Report of veterinary surgeon J.H. Steel, A.V.D., on his investigation into an obscure and fatal disease among transport mules in British Burma
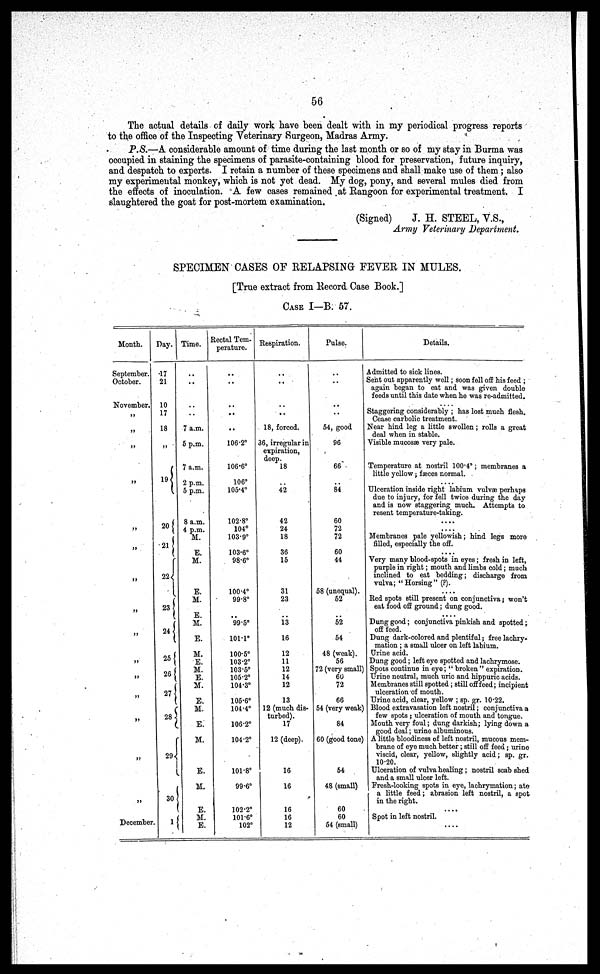
56
The actual details of daily work have been dealt with in my periodical progress reports
to the office of the Inspecting Veterinary Surgeon, Madras Army.
P.S.—A considerable amount of time during the last month or so of my stay in Burma was
occupied in staining the specimens of parasite-containing blood for preservation, future inquiry,
and despatch to experts. I retain a number of these specimens and shall make use of them ; also
my experimental monkey, which is not yet dead. My dog, pony, and several mules died from
the effects of inoculation. A few cases remained at Rangoon for experimental treatment. I
slaughtered the goat for post-mortem examination.
(Signed)
J. H. STEEL, V.S.,
Army Veterinary Department,
SPECIMEN CASES OE RELAPSING FEVER IN MULES.
[True extract from Record Case Book.]
CASE I-B: 57.
Month.
September.
October.
November.
„
„
„
„
„
„
„
„
„
„
„
„
„
„
„
„
December
Day.
17
21
10
17
18
„
19
20
21
22
23
24
25
26
27
28
29
30
Time.
..
..
..
..
7 a.m.
5 p.m.
7 a.m.
2 p.m.
5 p.m.
8 a.m.
4 p.m.
M.
E.
M.
E.
M.
E.
M.
E.
M.
E.
M.
E.
M.
E.
M.
E.
M.
E.
M.
E.
M.
E.
Rectal Tem-
perature.
..
..
..
..
..
106.2°
106.6°
106°
105.4°
102.8°
104°
103.9°
103.6°
98.6°
100.4°
99.8°
99.5°
101.1°
100.5°
103.2°
103.5°
105.2°
104.3°
105.6°
104.4°
106.2°
104.2°
101.8°
99.6°
102.2°
101.6°
102°
Respiration.
..
..
..
..
18, forced.
36, irregular in
expiration,
deep.
18
..
42
42
24
18
36
15
31
23
i3
16
12
11
12
14
12
13
12 (much dis-
turbed).
17
12 (deep).
16
16
16
16
12
Pulse.
..
..
..
..
54, good
96
66
..
84
60
72
72
60
44
58 (unequal).
52
52
54
48 (weak).
56
72 (very small)
60
72
66
54 (very weak)
84
60 (good tone)
54
48 (small)
60
60
54 (small)
Details.
Admitted to sick lines.
Sent out apparently well; soon fell off his feed ;
again began to eat and was given double
feeds until this date when he was re-admitted.
Staggering considerably ; has lost much flesh.
Cease carbolic treatment.
Near hind leg a little swollen; rolls a great
deal when in stable.
Visible mucosae very pale.
Temperature at nostril 100.4°; membranes a
little yellow; fæces normal.
Ulceration inside right labium vulvae perhaps
due to injury, for fell twice during the day
and is now staggering much. Attempts to
resent temperature-taking.
....
....
Membranes pale yellowish; hind legs more
filled, especially the off.
....
Very many blood-spots in eyes; fresh in left,
purple in right; mouth and limbs cold; much
inclined to eat bedding; discharge from
vulva; "Horsing" (?)
....
Red spots still present on conjunctiva; won't
eat food off ground; dung good.
Dung good; conjunctiva pinkish and spotted;
off feed.
Dung dark-colored and plentiful; free lachry-
mation ; a small ulcer on left labium.
Urine acid.
Dung good; left eye spotted and lachrymose.
Spots continue in eye; " broken" expiration.
"Urine neutral, much uric and hippuric acids.
Membranes still spotted; still off feed; incipient
ulceration of mouth.
"Urine acid, clear, yellow ; sp. gr. 10.22.
Blood extravasation left nostril; conjunctiva a
few spots; ulceration of mouth and tongue.
Mouth very foul; dung darkish; lying down a
good deal; urine albuminous.
A little bloodiness of left nostril, mucous mem-
brane of eye much better; still off feed; urine
viscid, clear, yellow, slightly acid; sp. gr.
10.20.
"Ulceration of vulva healing; nostril scab shed
and a small ulcer left.
Fresh-looking spots in eye, iachrymation; ate
a little feed; abrasion left nostril, a spot
in the right.
Spot in left nostril.